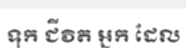
ទុក ជីវិត អ្នក ដែល